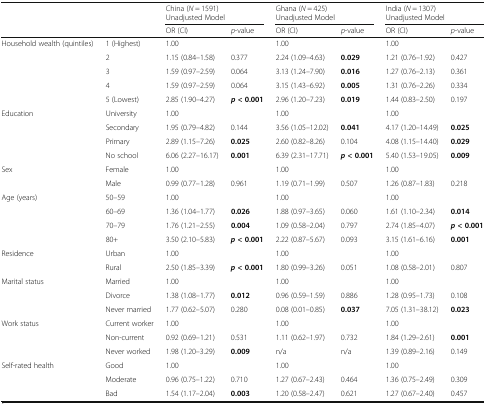
<table><thead><tr><td rowspan="2" colspan="2"></td><td colspan="2"><b>China (<i>N</i> = 1591)Unadjusted Model</b></td><td colspan="2"><b>Ghana (<i>N</i> = 425)Unadjusted Model</b></td><td colspan="2"><b>India (<i>N</i> = 1307)Unadjusted Model</b></td></tr><tr><td><b>OR (CI)</b></td><td><b><i>p</i>-value</b></td><td><b>OR (CI)</b></td><td><b><i>p</i>-value</b></td><td><b>OR (CI)</b></td><td><b><i>p</i>-value</b></td></tr></thead><tbody><tr><td rowspan="5">Household wealth (quintiles)</td><td>1 (Highest)</td><td>1.00</td><td></td><td>1.00</td><td></td><td>1.00</td><td></td></tr><tr><td>2</td><td>1.15 (0.84–1.58)</td><td>0.377</td><td>2.24 (1.09–4.63)</td><td><b>0.029</b></td><td>1.21 (0.76–1.92)</td><td>0.427</td></tr><tr><td>3</td><td>1.59 (0.97–2.59)</td><td>0.064</td><td>3.13 (1.24–7.90)</td><td><b>0.016</b></td><td>1.27 (0.76–2.13)</td><td>0.361</td></tr><tr><td>4</td><td>1.59 (0.97–2.59)</td><td>0.064</td><td>3.15 (1.43–6.92)</td><td><b>0.005</b></td><td>1.31 (0.76–2.26)</td><td>0.334</td></tr><tr><td>5 (Lowest)</td><td>2.85 (1.90–4.27)</td><td><b><i>p</i></b><b>&lt; 0.001</b></td><td>2.96 (1.20–7.23)</td><td><b>0.019</b></td><td>1.44 (0.83–2.50)</td><td>0.197</td></tr><tr><td rowspan="4">Education</td><td>University</td><td>1.00</td><td></td><td>1.00</td><td></td><td>1.00</td><td></td></tr><tr><td>Secondary</td><td>1.95 (0.79–4.82)</td><td>0.144</td><td>3.56 (1.05–12.02)</td><td><b>0.041</b></td><td>4.17 (1.20–14.49)</td><td><b>0.025</b></td></tr><tr><td>Primary</td><td>2.89 (1.15–7.26)</td><td><b>0.025</b></td><td>2.60 (0.82–8.26)</td><td>0.104</td><td>4.08 (1.15–14.40)</td><td><b>0.029</b></td></tr><tr><td>No school</td><td>6.06 (2.27–16.17)</td><td><b>0.001</b></td><td>6.39 (2.31–17.71)</td><td><b><i>p</i></b><b>&lt; 0.001</b></td><td>5.40 (1.53–19.05)</td><td><b>0.009</b></td></tr><tr><td rowspan="2">Sex</td><td>Female</td><td>1.00</td><td></td><td>1.00</td><td></td><td>1.00</td><td></td></tr><tr><td>Male</td><td>0.99 (0.77–1.28)</td><td>0.961</td><td>1.19 (0.71–1.99)</td><td>0.507</td><td>1.26 (0.87–1.83)</td><td>0.218</td></tr><tr><td rowspan="4">Age (years)</td><td>50–59</td><td>1.00</td><td></td><td>1.00</td><td></td><td>1.00</td><td></td></tr><tr><td>60–69</td><td>1.36 (1.04–1.77)</td><td><b>0.026</b></td><td>1.88 (0.97–3.65)</td><td>0.060</td><td>1.61 (1.10–2.34)</td><td><b>0.014</b></td></tr><tr><td>70–79</td><td>1.76 (1.21–2.55)</td><td><b>0.004</b></td><td>1.09 (0.58–2.04)</td><td>0.797</td><td>2.74 (1.85–4.07)</td><td><b><i>p</i></b><b>&lt; 0.001</b></td></tr><tr><td>80+</td><td>3.50 (2.10–5.83)</td><td><b><i>p</i></b><b>&lt; 0.001</b></td><td>2.22 (0.87–5.67)</td><td>0.093</td><td>3.15 (1.61–6.16)</td><td><b>0.001</b></td></tr><tr><td rowspan="2">Residence</td><td>Urban</td><td>1.00</td><td></td><td>1.00</td><td></td><td>1.00</td><td></td></tr><tr><td>Rural</td><td>2.50 (1.85–3.39)</td><td><b><i>p</i></b><b>&lt; 0.001</b></td><td>1.80 (0.99–3.26)</td><td>0.051</td><td>1.08 (0.58–2.01)</td><td>0.807</td></tr><tr><td rowspan="3">Marital status</td><td>Married</td><td>1.00</td><td></td><td>1.00</td><td></td><td>1.00</td><td></td></tr><tr><td>Divorce</td><td>1.38 (1.08–1.77)</td><td><b>0.012</b></td><td>0.96 (0.59–1.59)</td><td>0.886</td><td>1.28 (0.95–1.73)</td><td>0.108</td></tr><tr><td>Never married</td><td>1.77 (0.62–5.07)</td><td>0.280</td><td>0.08 (0.01–0.85)</td><td><b>0.037</b></td><td>7.05 (1.31–38.12)</td><td><b>0.023</b></td></tr><tr><td rowspan="3">Work status</td><td>Current worker</td><td>1.00</td><td></td><td>1.00</td><td></td><td>1.00</td><td></td></tr><tr><td>Non-current</td><td>0.92 (0.69–1.21)</td><td>0.531</td><td>1.11 (0.62–1.97)</td><td>0.732</td><td>1.84 (1.29–2.61)</td><td><b>0.001</b></td></tr><tr><td>Never worked</td><td>1.98 (1.20–3.29)</td><td><b>0.009</b></td><td>n/a</td><td>n/a</td><td>1.39 (0.89–2.16)</td><td>0.149</td></tr><tr><td rowspan="3">Self-rated health</td><td>Good</td><td>1.00</td><td></td><td>1.00</td><td></td><td>1.00</td><td></td></tr><tr><td>Moderate</td><td>0.96 (0.75–1.22)</td><td>0.710</td><td>1.27 (0.67–2.43)</td><td>0.464</td><td>1.36 (0.75–2.49)</td><td>0.309</td></tr><tr><td>Bad</td><td>1.54 (1.17–2.04)</td><td><b>0.003</b></td><td>1.20 (0.58–2.47)</td><td>0.621</td><td>1.27 (0.67–2.40)</td><td>0.457</td></tr></tbody></table>